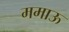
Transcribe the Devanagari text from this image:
ममाऊ